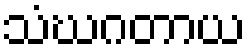
သံဃဂတာယ